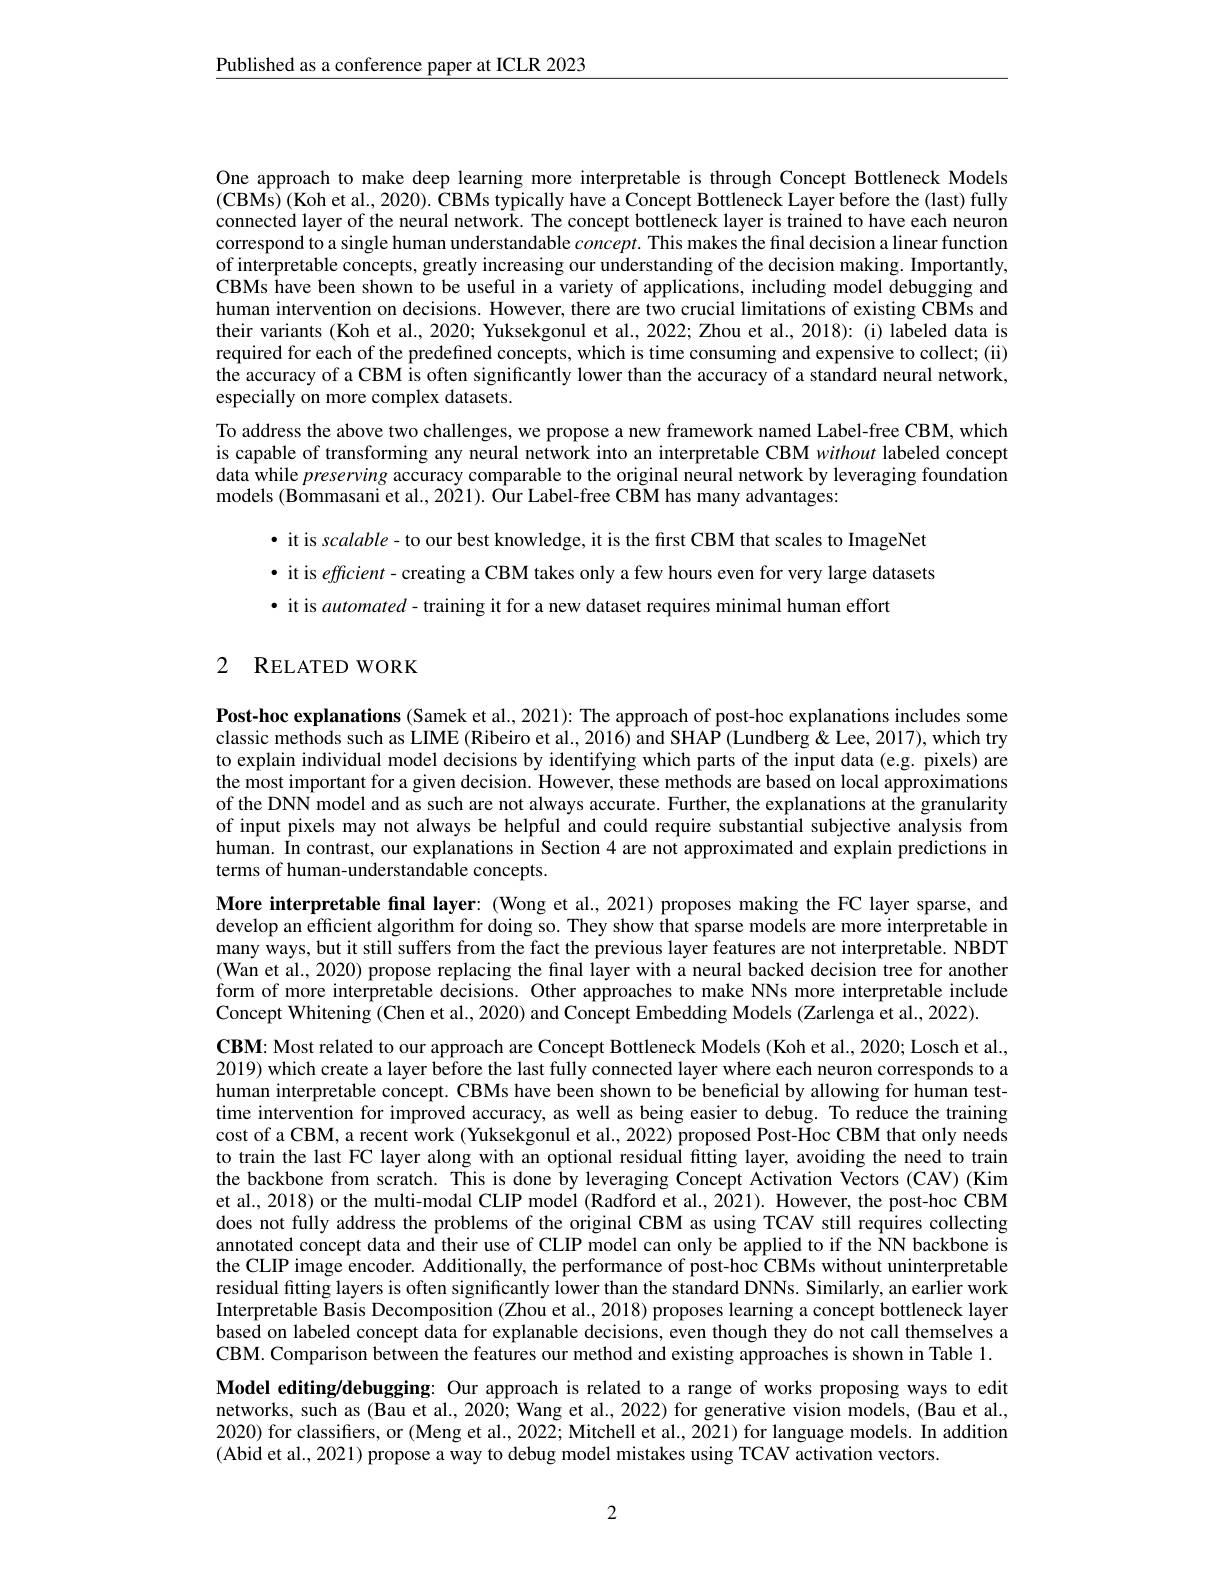
$\underline{\text{Published as a conference paper at ICLR 2023}}$

One approach to make deep learning more interpretable is through Concept Bottleneck Models $(\hat{\mathbf{CBMs}})$ (Koh et al., 2020). ÔBMs typically have a Concept Bottleneck Layer before the (last) fully connected layer of the neural network. The concept bottleneck layer is trained to have each neuron correspond to a single human understandable $concept.$ This makes the final decision a linear function of interpretable concepts, greatly increasing our understanding of the decision making. Importantly, CBMs have been shown to be useful in a variety of applications, including model debugging and human intervention on decisions. However, there are two crucial limitations of existing CBMs and their variants (Koh et al., 2020; Yuksekgonul et al., 2022; Zhou et al., 2018): (i) labeled data is required for each of the predefined concepts, which is time consuming and expensive to collect; (ii) the accuracy of a CBM is often significantly lower than the accuracy of a standard neural network, especially on more complex datasets.
To address the above two challenges, we propose a new framework named Label-free CBM, which is capable of transforming any neural network into an interpretable CBM without labeled concept data while preserving accuracy comparable to the original neural network by leveraging foundation models (Bommasani et al., 2021). Ôur Label-free CBM has many advantages:
· it is scalable- to our best knowledge, it is the first CBM that scales to ImageNet · it is efficient - creating a CBM takes only a few hours even for very large datasets

· it is automated - training it for a new dataset requires minimal human effort

## 2 RELATED WORK

Post-hoc explanations (Samek et al., 2021): The approach of post-hoc explanations includes some classic methods such as LIME (Ribeiro et al., 2016) and SHA$\hat{\text{P}}$ (Lundberg " " " " " " " " " to explain individual model decisions by identifying which parts of the input data (e.g. pixels) are the most important for a given decision. However, these methods are based on local approximations of the DNN model and as such are not always accurate. Further, the explanations at the granularity of input pixels may not always be helpful and could require substantial subjective analysis from human. In contrast, our explanations in Section 4 are not approximated and explain predictions in terms of human-understandable concepts.

More interpretable final layer: (Wong et al., 2021) proposes making the FC layer sparse, and develop an efficient algorithm for doing so. They show that sparse models are more interpretable in many ways, but it still suffers from the fact the previous layer features are not interpretable. NBDT (Wan et al., 2020) propose replacing the final layer with a neural backed decision tree for another form of more interpretable decisions. Other approaches to make NNs more interpretable include Concept Whitening (Chen et al., 2020) and Concept Embedding Models (Zarlenga et al., 2022).

$\mathbf{CBM:~Most~related~to~our~approach~are~Concept~Bottleneck~Models~(Koh~et~al.,~2020;~Losch~et~al.,}$ 2019) which create a layer before the last fully connected layer where each neuron corresponds to a human interpretable concept. CBMs have been shown to be beneficial by allowing for human testtime intervention for improved accuracy, as well as being easier to debug. To reduce the training cost of a CBM, a recent work (Yuksekgonul et al., 2022) proposed Post-Hoc CBM that only needs to train the last FC layer along with an optional residual fitting layer, avoiding the need to train the backbone from scratch. This is done by leveraging Concept Activation Vectors (CAV) (Kim et al., 2018) or the multi-modal CLIP model (Radford et al., 2021). However, the post-hoc CBM does not fully address the problems of the original CBM as using TCAV still requires collecting annotated concept data and their use of CLIP model can only be applied to if the NN backbone is the CLIP image encoder. Additionally, the performance of post-hoc CBMs without uninterpretable residual fitting layers is often significantly lower than the standard DNNs. Similarly, an earlier work Interpretable Basis Decomposition (Zhou et al., 2018) proposes learning a concept bottleneck layer based on labeled concept data for explanable decisions, even though they do not call themselves a CBM. Comparison between the features our method and existing approaches is shown in Table 1. Model editing/debugging: Our approach is related to a range of works proposing ways to edit networks, such as (Bau et al., 2020; Wang et al., 2022) for generative vision models, (Bau et al., 2020) for classifiers, or (Meng et al., 2022; Mitchell et al., 2021) for language models. In addition (Abid et al., 2021) propose a way to debug model mistakes using TCAV activation vectors.

2